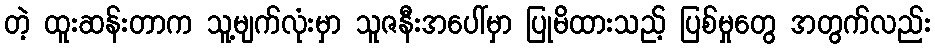
တဲ့ ထူးဆန်းတာက သူ့မျက်လုံးမှာ သူဇနီးအပေါ်မှာ ပြုမိထားသည့် ပြစ်မှုတွေ အတွက်လည်း